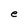
Character: e